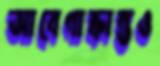
আবেগাক্রান্তও